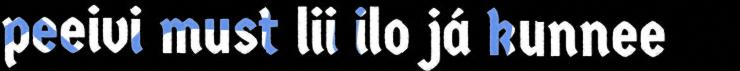
peeivi must lii ilo já kunnee